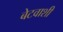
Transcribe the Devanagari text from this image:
बेटवाशी